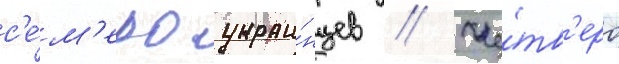
с'е́м'еро украи́нцев // Че́тв'еро